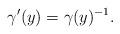
LaTeX: \begin{align*} \gamma'(y) = \gamma(y)^{-1}.\end{align*}